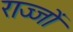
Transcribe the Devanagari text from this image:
राज्जों